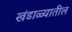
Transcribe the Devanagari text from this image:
खंडाळ्यातील